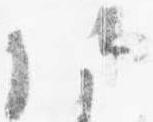
仕